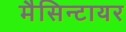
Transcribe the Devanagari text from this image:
मैसिन्टायर